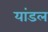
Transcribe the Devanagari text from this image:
यांडल